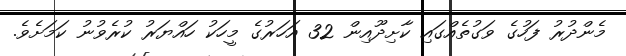
މެންދުރު ފަހުގެ ވަގުތެއްގައި ކާށިދޫއިން 32 އަހަރުގެ މީހަކު ހައްޔަރު ކުރެވުނު ކަމަށެވެ.